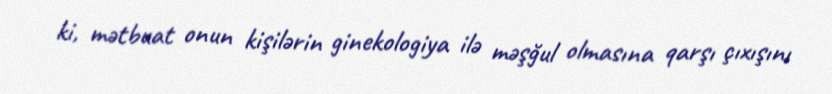
ki, mətbuat onun kişilərin ginekologiya ilə məşğul olmasına qarşı çıxışını